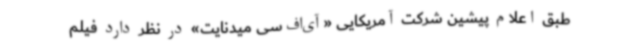
طبق اعلام پیشین شرکت آمریکایی «آی‌اف‌سی میدنایت» در نظر دارد فیلم